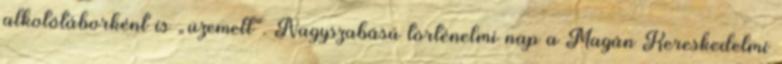
alkotótáborként is „üzemelt”. Nagyszabású történelmi nap a Magán Kereskedelmi